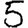
Digit: 5